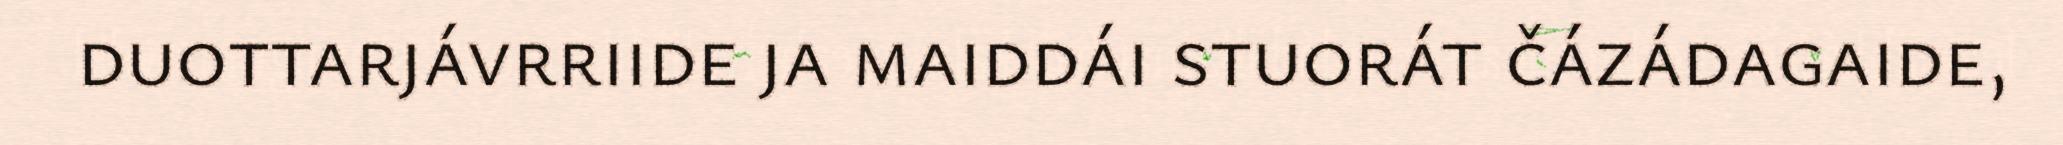
duottarjávrriide ja maiddái stuorát čázádagaide,